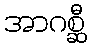
အာဂစ္ဆီ